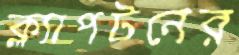
ক্ল্যাপটনের